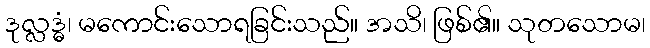
ဒုလ္လဒ္ဓံ၊ မကောင်းသောရခြင်းသည်။ အသိ၊ ဖြစ်၏။ သုတသောမ၊